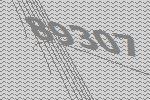
89307